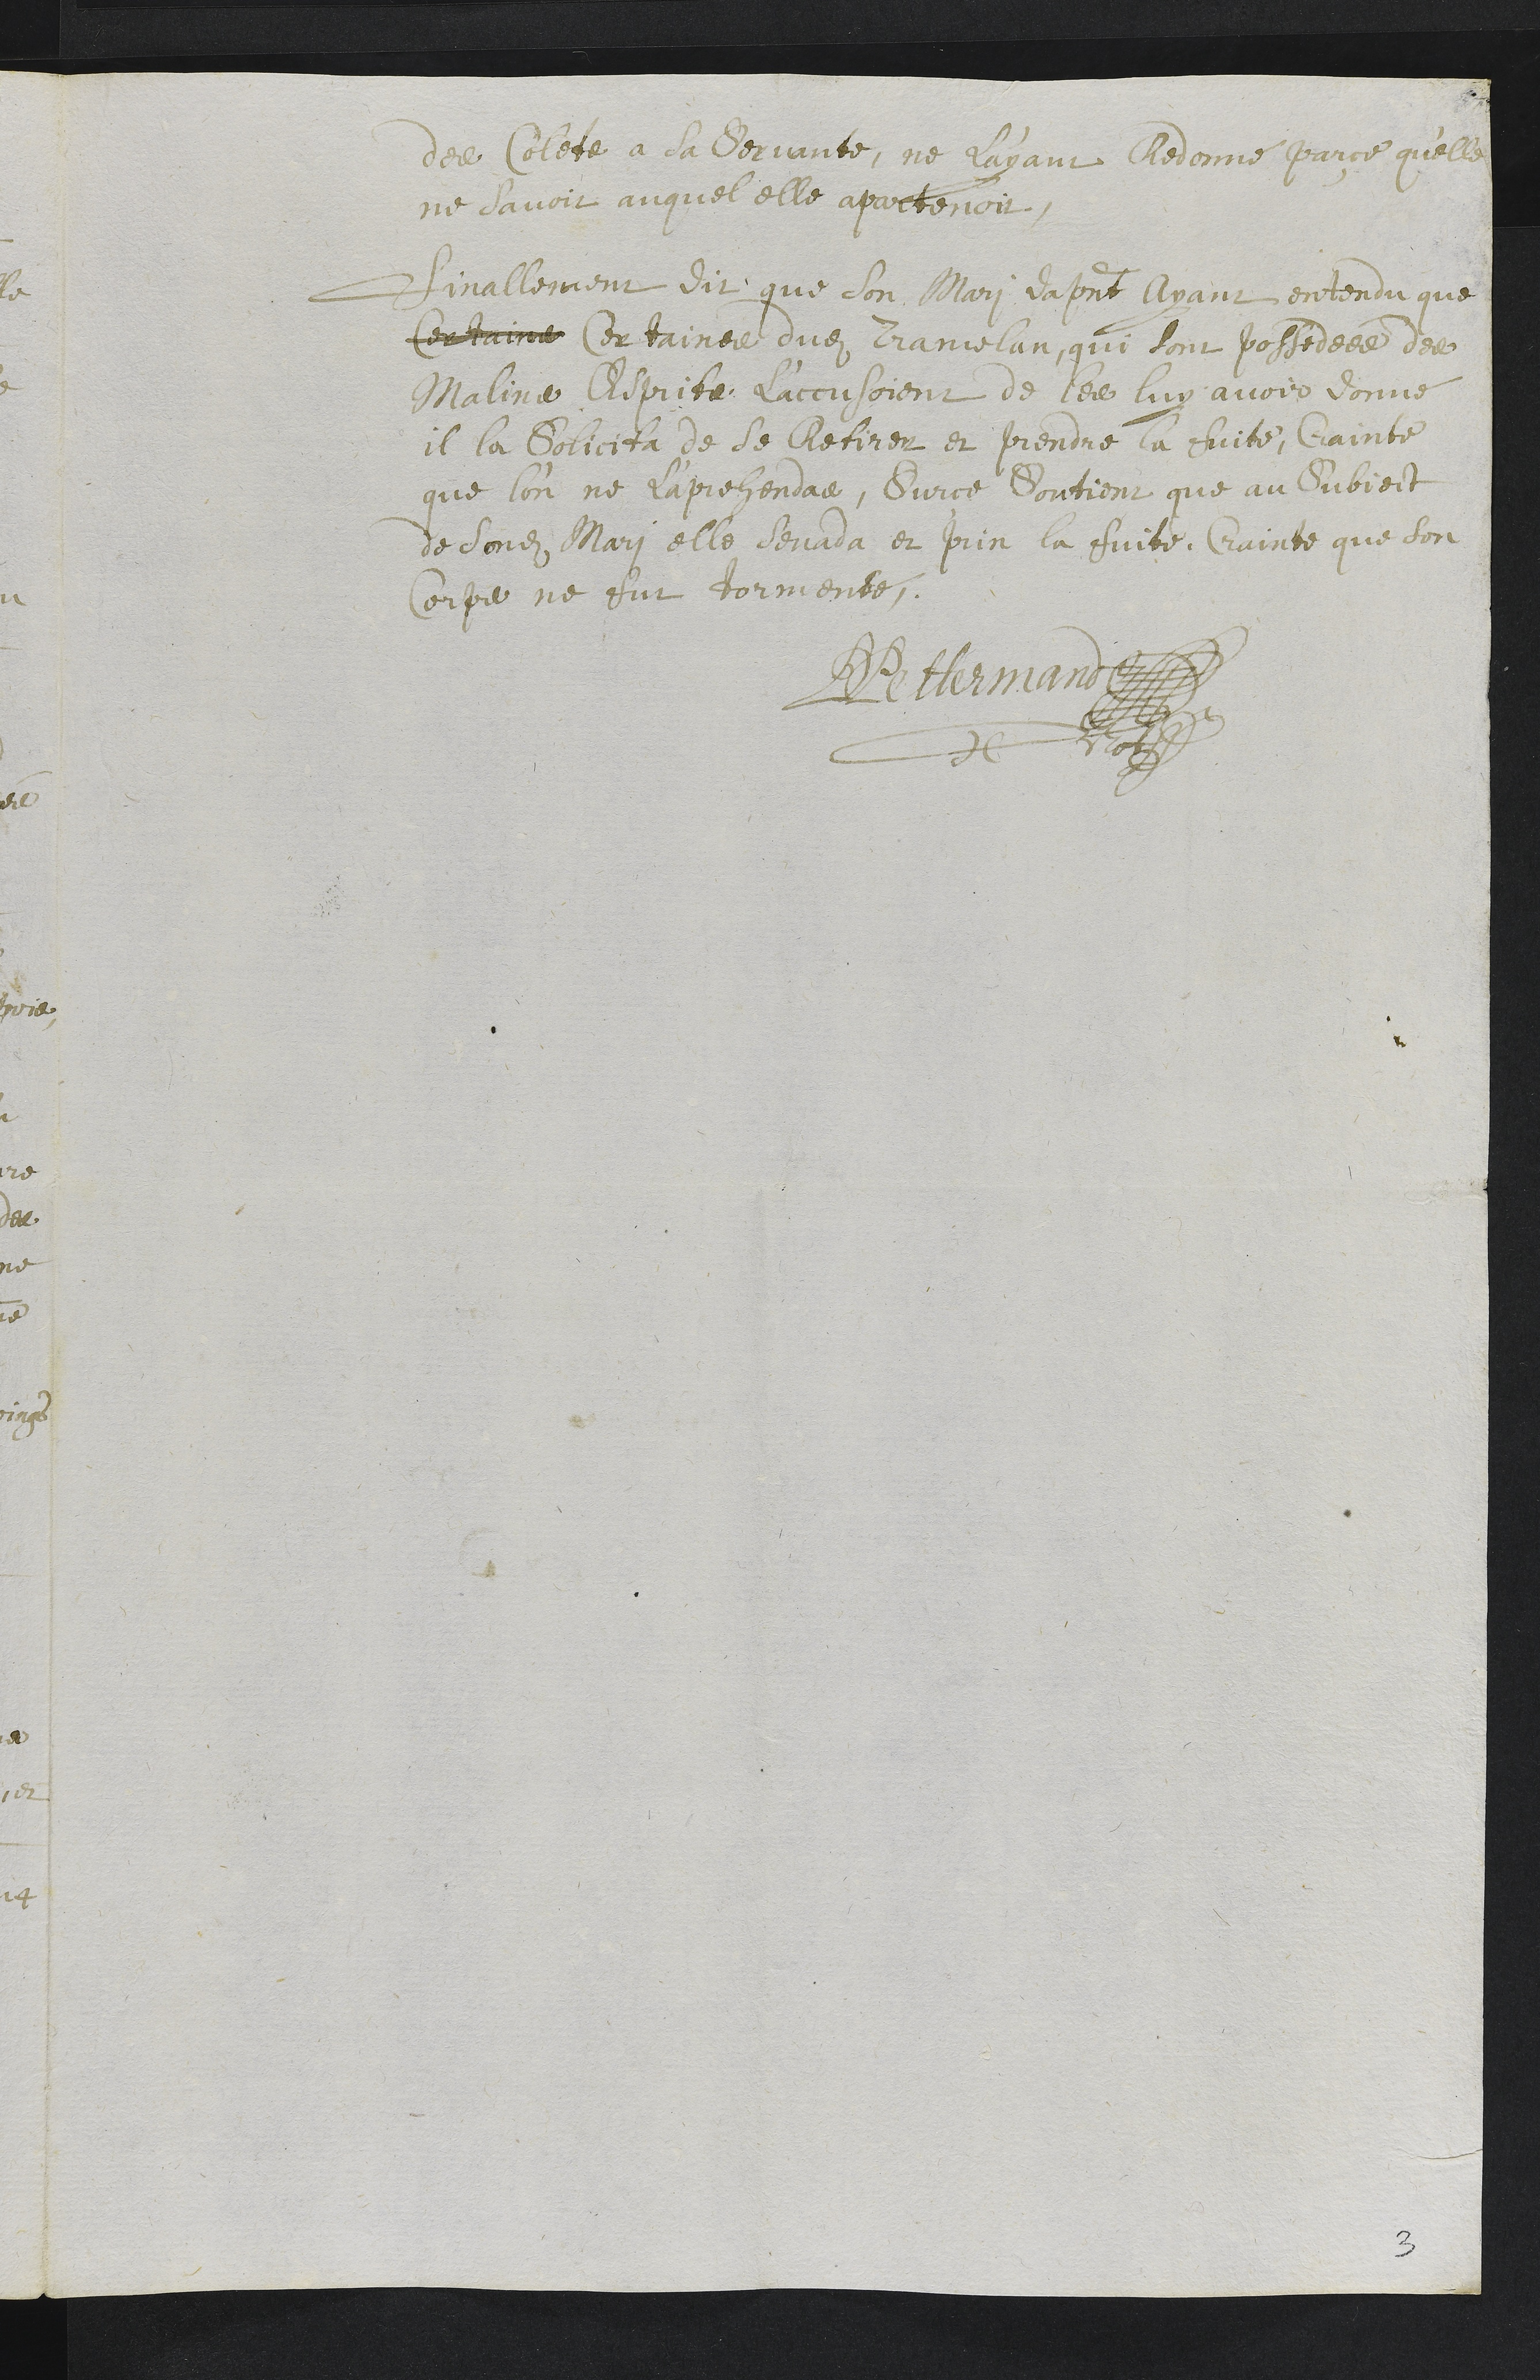
des Colets a sa servante, ne l'ayant redonne parce qu'elle
ne savoit auquel elle apartenoit.
Finallement dit que son mari da present ayant entendu que
certains certaines dudit Tramelan, qui sont possedées des
Malins Esprits l'accusoient de les luy avoir donné
il la solicita de se retirer et prendre la fuite, Crainte
que l'on ne l'aprehendas, Sur ce soutient que au subject
de sondit mari elle sevada et prin la fuite, Crainte que son
corps ne fut tormenté,
DPettermand
Notaire
3